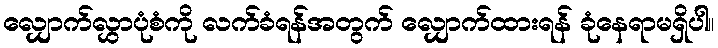
လျှောက်လွှာပုံစံကို လက်ခံရန်အတွက် လျှောက်ထားရန် ခုံနေရာမရှိပါ။